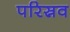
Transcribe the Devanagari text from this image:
परिस्रव